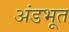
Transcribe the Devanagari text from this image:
अंडभूत